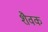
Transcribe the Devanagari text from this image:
शैवक